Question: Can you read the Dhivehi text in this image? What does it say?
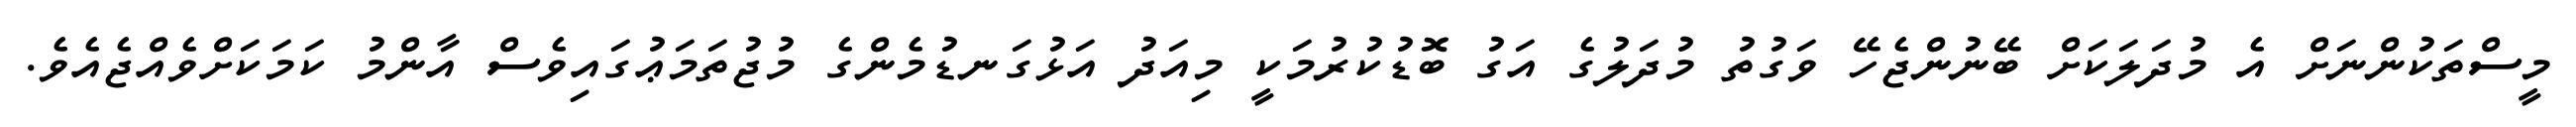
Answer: މީސްތަކުންނަށް އެ މުދަލަކަށް ބޭނުންޖެހޭ ވަގުތު މުދަލުގެ އަގު ބޮޑުކުރުމަކީ މިއަދު އަޅުގަނޑުމެންގެ މުޖުތަމަޢުގައިވެސް އާންމު ކަމަކަށްވެއްޖެއެވެ.